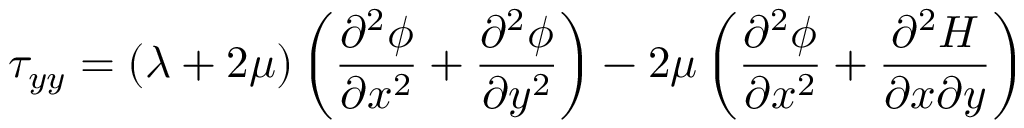
\tau _ { y y } = \left( \lambda + 2 \mu \right) \left( \frac { \partial ^ { 2 } \phi } { \partial x ^ { 2 } } + \frac { \partial ^ { 2 } \phi } { \partial y ^ { 2 } } \right) - 2 \mu \left( \frac { \partial ^ { 2 } \phi } { \partial x ^ { 2 } } + \frac { \partial ^ { 2 } H } { \partial x \partial y } \right)